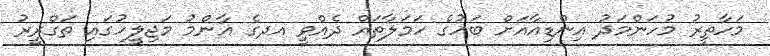
މަހާތީރު މުހަންމަދު އިންޑިއާއަށް ބަހުގެ ހަމަލާތައް ދެއްވީ އދގެ އާންމު މަޖިލީހުގައި ތަގްރީރު